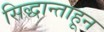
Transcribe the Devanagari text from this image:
सिद्धान्ताहून